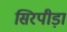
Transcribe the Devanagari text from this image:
सिरपीड़ा